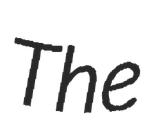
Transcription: The